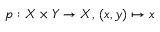
p : X \times Y \to X , \, ( x , y ) \mapsto x